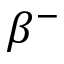
\beta ^ { - }